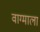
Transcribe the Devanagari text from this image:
वाग्माला